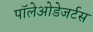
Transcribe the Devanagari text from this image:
पॉलेओडेजर्टस